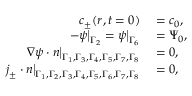
\begin{array} { r l } { c _ { \pm } ( \boldsymbol { r } , t = 0 ) } & { { } = c _ { 0 } , } \\ { - \psi \big | _ { \Gamma _ { 2 } } = \psi \big | _ { \Gamma _ { 6 } } } & { { } = \Psi _ { 0 } , } \\ { \boldsymbol { \nabla } \psi \cdot \boldsymbol { n } \big | _ { \Gamma _ { 1 } , \Gamma _ { 3 } , \Gamma _ { 4 } , \Gamma _ { 5 } , \Gamma _ { 7 } , \Gamma _ { 8 } } } & { { } = 0 , } \\ { \boldsymbol { j } _ { \pm } \cdot \boldsymbol { n } \big | _ { \Gamma _ { 1 } , \Gamma _ { 2 } , \Gamma _ { 3 } , \Gamma _ { 4 } , \Gamma _ { 5 } , \Gamma _ { 6 } , \Gamma _ { 7 } , \Gamma _ { 8 } } } & { { } = 0 , } \end{array}